Vaccination in Burma 1889-1999 - 1889-1999
Year: 1889
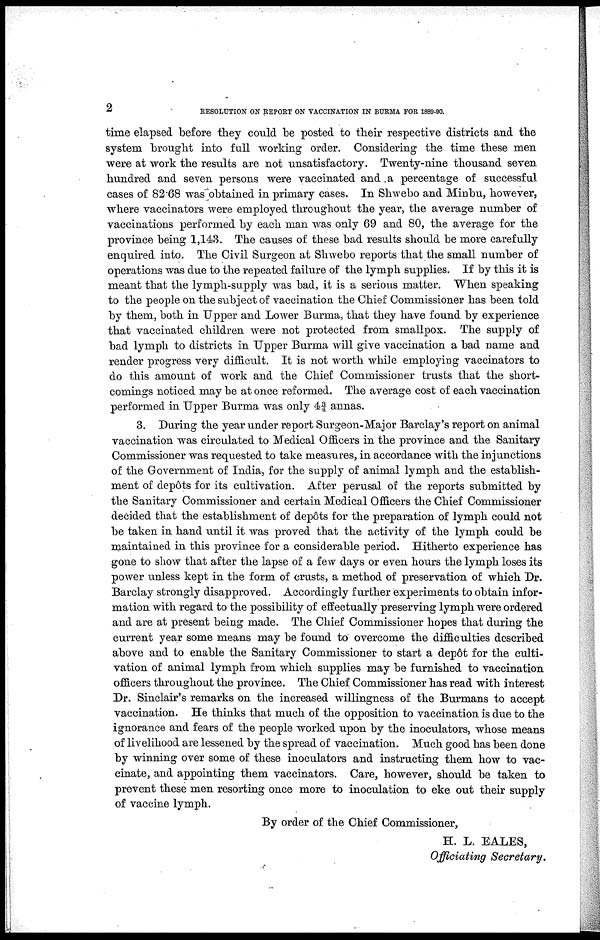
2
RESOLUTION ON REPORT ON VACCINATION IN BURMA FOR 1889-90.
time elapsed before they could be posted to their respective districts and the
system brought into full working order. Considering the time these men
were at work the results are not unsatisfactory. Twenty-nine thousand seven
hundred and seven persons were vaccinated and a percentage of successful
cases of 82.68 was obtained in primary cases. In Shwebo and Minbu, however,
where vaccinators were employed throughout the year, the average number of
vaccinations performed by each man was only 69 and 80, the average for the
province being 1,143. The causes of these bad results should be more carefully
enquired into. The Civil Surgeon at Shwebo reports that the small number of
operations was due to the repeated failure of the lymph supplies. If by this it is
meant that the lymph-supply was bad, it is a serious matter. When speaking
to the people on the subject of vaccination the Chief Commissioner has been told
by them, both in Upper and Lower Burma, that they have found by experience
that vaccinated children were not protected from smallpox. The supply of
bad lymph to districts in Upper Burma will give vaccination a bad name and
render progress very difficult. It is not worth while employing vaccinators to
do this amount of work and the Chief Commissioner trusts that the short-
comings noticed may be at once reformed. The average cost of each vaccination
performed in Upper Burma was only 4¾ annas.
3. During the year under report Surgeon-Major Barclay's report on animal
vaccination was circulated to Medical Officers in the province and the Sanitary
Commissioner was requested to take measures, in accordance with the injunctions
of the Government of India, for the supply of animal lymph and the establish-
ment of depôts for its cultivation. After perusal of the reports submitted by
the Sanitary Commissioner and certain Medical Officers the Chief Commissioner
decided that the establishment of depôts for the preparation of lymph could not
be taken in hand until it was proved that the activity of the lymph could be
maintained in this province for a considerable period. Hitherto experience has
gone to show that after the lapse of a few days or even hours the lymph loses its
power unless kept in the form of crusts, a method of preservation of which Dr.
Barclay strongly disapproved. Accordingly further experiments to obtain infor-
mation with regard to the possibility of effectually preserving lymph were ordered
and are at present being made. The Chief Commissioner hopes that during the
current year some means may be found to overcome the difficulties described
above and to enable the Sanitary Commissioner to start a depôt for the culti-
vation of animal lymph from which supplies may be furnished to vaccination
officers throughout the province. The Chief Commissioner has read with interest
Dr. Sinclair's remarks on the increased willingness of the Burmans to accept
vaccination. He thinks that much of the opposition to vaccination is due to the
ignorance and fears of the people worked upon by the inoculators, whose means
of livelihood are lessened by the spread of vaccination. Much good has been done
by winning over some of these inoculators and instructing them how to vac-
cinate, and appointing them vaccinators. Care, however, should be taken to
prevent these men resorting once more to inoculation to eke out their supply
of vaccine lymph.
By order of the Chief Commissioner,
H. L. EALES,
Officiating Secretary.